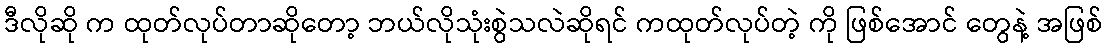
ဒီလိုဆို က ထုတ်လုပ်တာဆိုတော့ ဘယ်လိုသုံးစွဲသလဲဆိုရင် ကထုတ်လုပ်တဲ့ ကို ဖြစ်အောင် တွေနဲ့ အဖြစ်